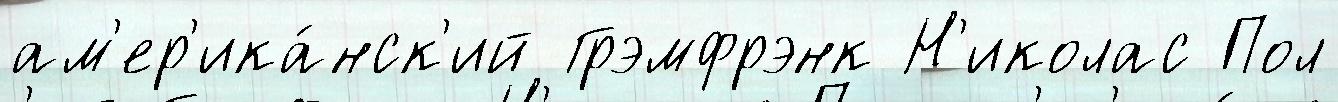
ам'ер'ика́нск'ий Грэмфрэнк Н'иколас Пол